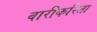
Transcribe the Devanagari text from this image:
वारीकरिता